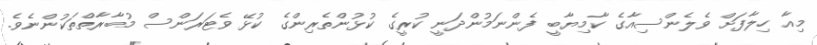
މިއާ ހިލާފަށް ވެލެންސިއާގެ ކާމިޔާބީ ފެންނަމުންދަނީ ކުރީގެ ކުޅުންތެރިންގެ ކުޅޭ ވެޓަރަންސް މުބާރާތްތަކުންނެވެ.